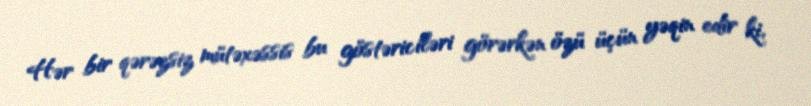
Hər bir qərəzsiz mütəxəssis bu göstəriciləri görərkən özü üçün yəqin edir ki,